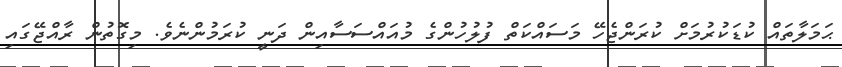
ޙަމަލާތައް ކުޑަކުރުމަށް ކުރަންޖެހޭ މަސައްކަތް ފުލުހުންގެ މުއައްސަސާއިން ދަނީ ކުރަމުންނެވެ. މިގޮތުން ރާއްޖޭގައި